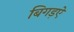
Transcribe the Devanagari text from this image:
बिगड़ऐ